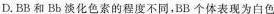
D.BB和Bb淡化色素的程度不同，BB个体表现为白色